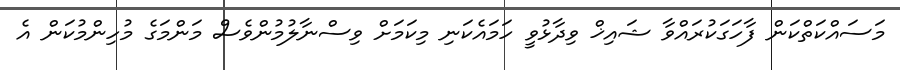
މަސައްކަތްކަން ފާހަގަކުރައްވާ ޝައިޚް ވިދާޅުވީ ހަމައެކަނި މިކަމަށް ވިސްނާލުމުންވެސް މަންމަގެ މުހިންމުކަން އެ